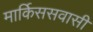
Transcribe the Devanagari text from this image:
मार्किससवासी